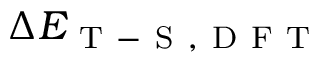
\Delta E _ { \mathrm { ~ T ~ - ~ S ~ , ~ D ~ F ~ T ~ } }